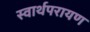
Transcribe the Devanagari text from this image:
स्वार्थपरायण